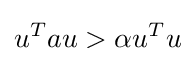
u^{T}au>\alpha u^{T}u